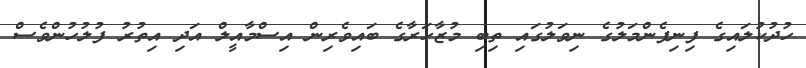
ހުދުކުލައިގެ ފިނިފެންމަލުގެ ނިވަލުގައި ތިބި މުޒާހަރާގެ ބައިވެރިން އިސްމާއީލް އަދި އިތުރު ފުލުހުންވެސް